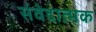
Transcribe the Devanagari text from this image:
संवेदात्मक